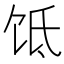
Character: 𬲮